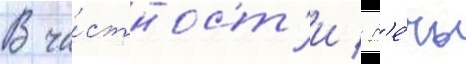
В ча́стност'и / р'е́чь